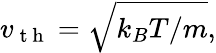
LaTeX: v_{\mathrm{~t~h~}}=\sqrt{k_{B}T/m},